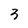
Character: 3